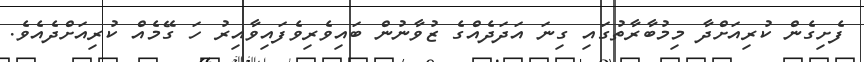
ފެށިގެން ކުރިއަށްދާ މިމުބާރާތުގައި ގިނަ އަދަދެއްގެ ޒުވާނުން ބައިވެރިވެފައިވާއިރު ހަ ގޭމެއް ކުރިއަށްދެއެވެ.